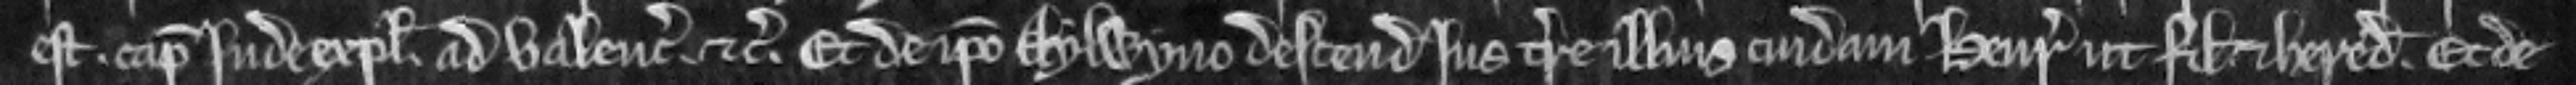
est. capiendo inde explecia. ad valenciam etc. Et de ipso Aylwyno descendit jus terre illius cuidam Henrico ut filio et heredi. Et de